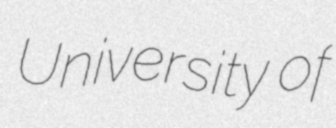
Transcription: University of